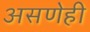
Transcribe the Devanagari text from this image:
असणेही